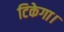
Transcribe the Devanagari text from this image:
टिकेगा।